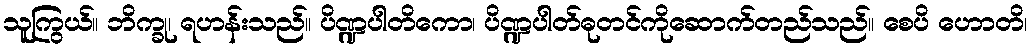
သူကြွယ်။ ဘိက္ခု၊ ရဟန်းသည်။ ပိဏ္ဍပါတိကော၊ ပိဏ္ဍပါတ်ဓုတင်ကိုဆောက်တည်သည်။ စေပိ ဟောတိ၊